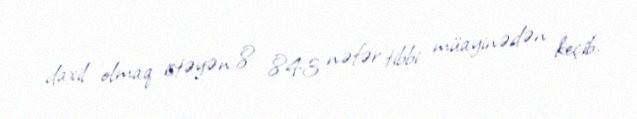
daxil olmaq istəyən 8 843 nəfər tibbi müayinədən keçib.